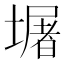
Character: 𭏴